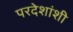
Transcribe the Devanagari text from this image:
परदेशांशी